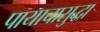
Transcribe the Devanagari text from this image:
पायाचासुद्धा